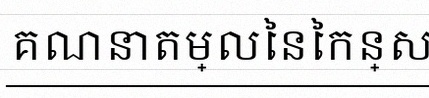
គណនាតម្លៃនៃកន្សោម